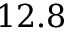
1 2 . 8